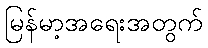
မြန်မာ့အရေးအတွက်